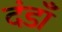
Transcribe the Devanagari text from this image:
दंडाँ